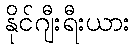
နိုင်ဂျီးရီးယား